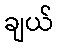
ချယ်